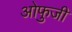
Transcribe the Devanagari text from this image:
ओफुजी